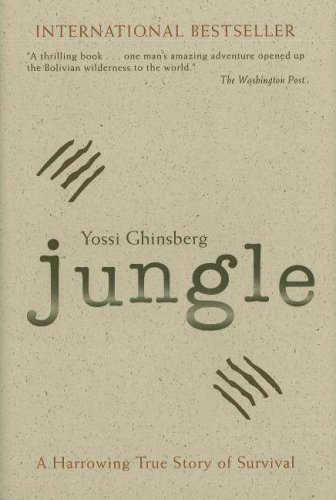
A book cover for Jungle: A Harrowing True Story of Survival; Yossi Ghinsberg; Sports & Outdoors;